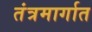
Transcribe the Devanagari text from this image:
तंत्रमार्गात